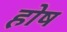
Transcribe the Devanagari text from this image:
होष